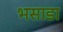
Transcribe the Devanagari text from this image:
भसाडा